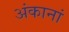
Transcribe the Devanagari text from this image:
अंकानां